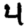
Digit: 4